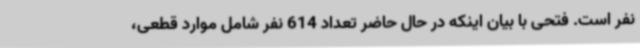
نفر است. فتحی با بیان اینکه در حال حاضر تعداد 614 نفر شامل موارد قطعی،